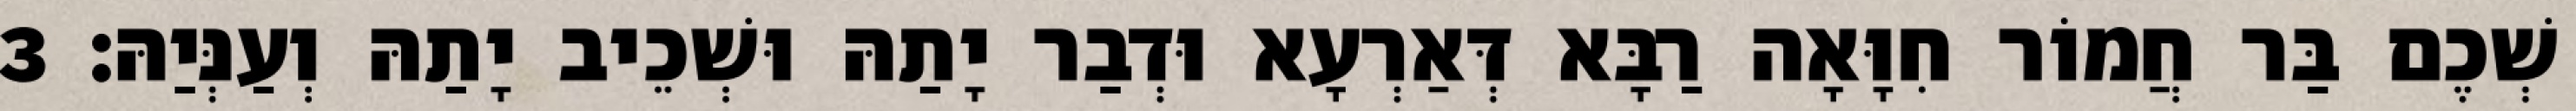
שְׁכֶם בַּר חֲמוֹר חִוָּאָה רַבָּא דְּאַרְעָא וּדְבַר יָתַהּ וּשְׁכֵיב יָתַהּ וְעַנְּיַהּ׃ 3